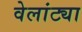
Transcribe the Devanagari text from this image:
वेलांट्या